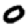
Digit: 0